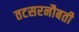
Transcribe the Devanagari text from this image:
तटसरनौबती